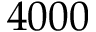
4 0 0 0